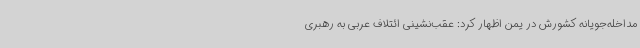
مداخله‌جویانه کشورش در یمن اظهار کرد: عقب‌نشینی ائتلاف عربی به رهبری